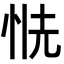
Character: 𢙧